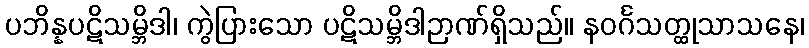
ပဘိန္နပဋိသမ္ဘိဒါ၊ ကွဲပြားသော ပဋိသမ္ဘိဒါဉာဏ်ရှိသည်။ နဝင်္ဂသတ္ထုသာသနေ၊